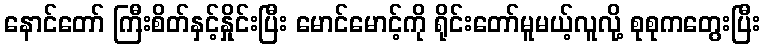
နောင်တော် ကြီးစိတ်နှင့်နှိုင်းပြီး မောင်မောင့်ကို ရိုင်းတော်မူမယ့်လူလို့ စုစုကတွေးပြီး